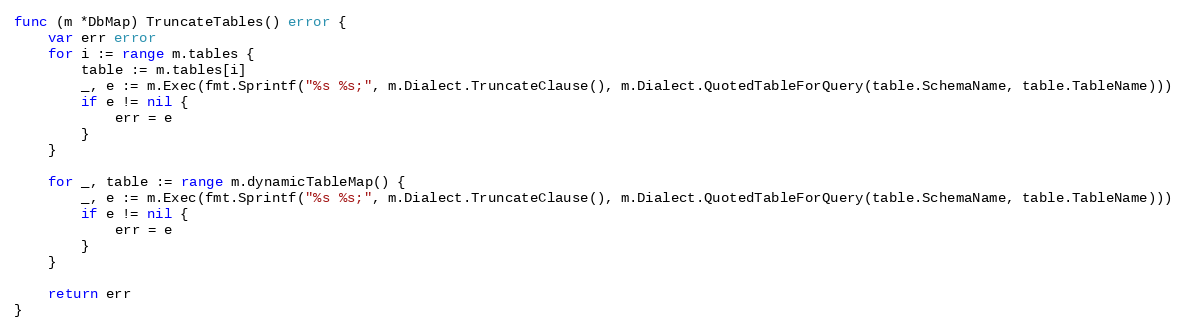
Language: Go
func (m *DbMap) TruncateTables() error {
	var err error
	for i := range m.tables {
		table := m.tables[i]
		_, e := m.Exec(fmt.Sprintf("%s %s;", m.Dialect.TruncateClause(), m.Dialect.QuotedTableForQuery(table.SchemaName, table.TableName)))
		if e != nil {
			err = e
		}
	}

	for _, table := range m.dynamicTableMap() {
		_, e := m.Exec(fmt.Sprintf("%s %s;", m.Dialect.TruncateClause(), m.Dialect.QuotedTableForQuery(table.SchemaName, table.TableName)))
		if e != nil {
			err = e
		}
	}

	return err
}